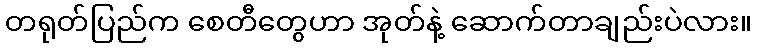
တရုတ်ပြည်က စေတီတွေဟာ အုတ်နဲ့ ဆောက်တာချည်းပဲလား။